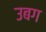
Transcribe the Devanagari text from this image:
उबग